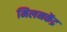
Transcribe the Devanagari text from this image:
मिलनकेंद्र